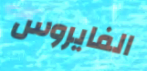
الفايروس